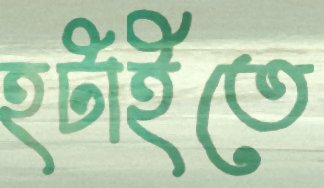
হটাইতে